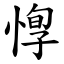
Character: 惸